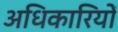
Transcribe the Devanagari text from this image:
अधिकारियोंं